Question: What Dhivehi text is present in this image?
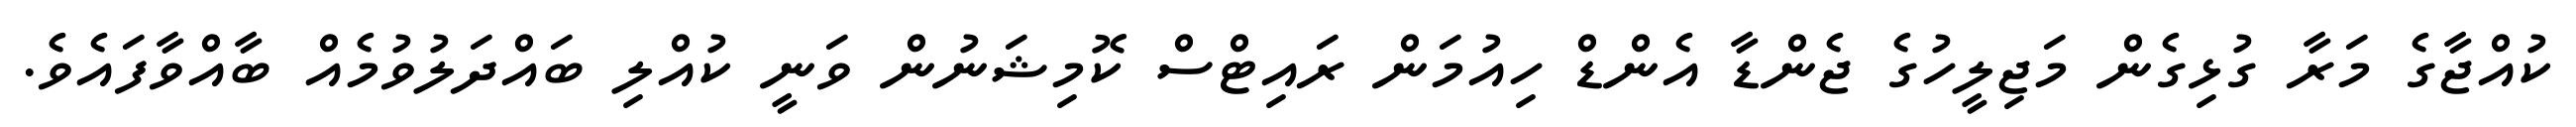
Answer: ކުއްޖާގެ މަރާ ގުޅިގެން މަޖިލީހުގެ ޖެންޑާ އެންޑް ހިއުމަން ރައިޓްސް ކޮމިޝަނުން ވަނީ ކުއްލި ބައްދަލުވުމެއް ބާއްވާފައެވެ.